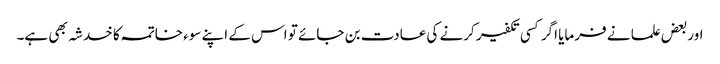
اوربعض علما نے فرمایا اگر کسی تکفیر کرنے کی عادت بن جائے تو اس کے اپنے سوء خاتمہ کا خدشہ بھی ہے۔